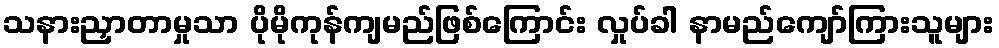
သနားညှာတာမှုသာ ပိုမိုကုန်ကျမည်ဖြစ်ကြောင်း လှုပ်ခါ နာမည်ကျော်ကြားသူများ